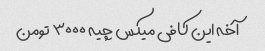
آخه این کافی میکس چیه ۳۰۰۰ تومن